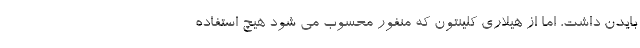
بایدن داشت، اما از هیلاری کلینتون که منفور محسوب می شود هیچ استفاده